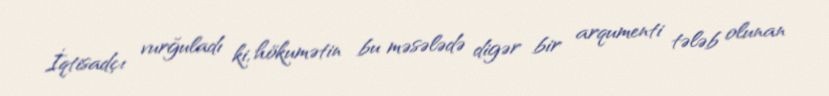
İqtisadçı vurğuladı ki, hökumətin bu məsələdə digər bir arqumenti tələb olunan